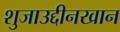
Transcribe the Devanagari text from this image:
शुजाउद्दीनखान